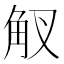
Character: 𧢷